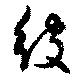
彼